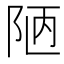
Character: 陋